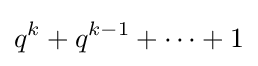
q^{k}+q^{k-1}+\cdots +1